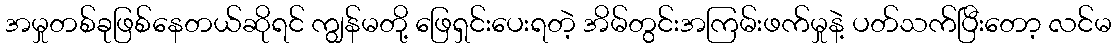
အမှုတစ်ခုဖြစ်နေတယ်ဆိုရင် ကျွန်မတို့ ဖြေရှင်းပေးရတဲ့ အိမ်တွင်းအကြမ်းဖက်မှုနဲ့ ပတ်သက်ပြီးတော့ လင်မ